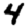
Digit: 4